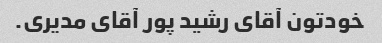
خودتون آقای رشید پور آقای مدیری.